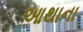
આથાના